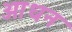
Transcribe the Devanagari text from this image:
आधन